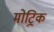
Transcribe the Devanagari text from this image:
मोट्रिक